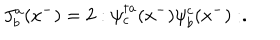
LaTeX: J _ { b } ^ { a } ( x ^ { - } ) = 2 : \psi _ { c } ^ { \dagger a } ( x ^ { - } ) \psi _ { b } ^ { c } ( x ^ { - } ) : .